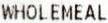
WHOLEMEAL